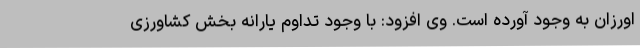
اورزان به وجود آورده است. وی افزود: با وجود تداوم یارانه بخش کشاورزی